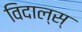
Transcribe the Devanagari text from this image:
विदाल्स्